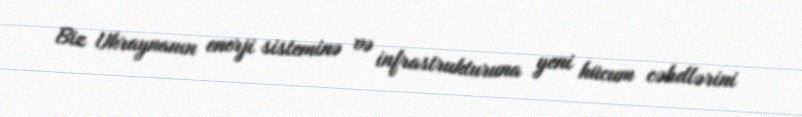
Biz Ukraynanın enerji sisteminə və infrastrukturuna yeni hücum cəhdlərini